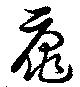
黿